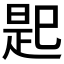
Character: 𢁈